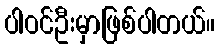
ပါဝင်ဦးမှာဖြစ်ပါတယ်။